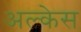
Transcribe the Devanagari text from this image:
अल्केस